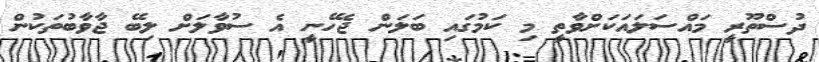
ދުސްތޫރީ މައްސަލައަކަށްވާތީ މި ކަމުގައި ބަލަން ޖެހޭނީ އެ ސުވާލަށް ލިބޭ ޖާވާބުތަކުން